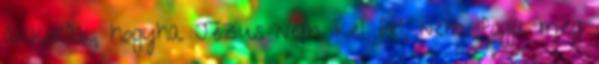
akkorák, hogyha Jézus nem kel fel, nem fogja meg